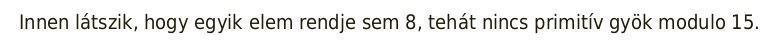
Innen látszik, hogy egyik elem rendje sem 8, tehát nincs primitív gyök modulo 15.